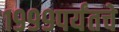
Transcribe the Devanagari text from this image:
१९९९पर्यंतचे